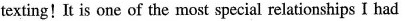
texting!It is one of the most special relationships I had